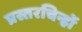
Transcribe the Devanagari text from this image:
प्रस्तरचिन्हों